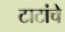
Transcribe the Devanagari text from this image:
टाटांचे